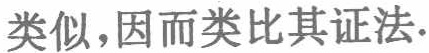
类似,因而类比其证法.